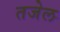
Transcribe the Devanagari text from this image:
तजेल